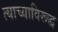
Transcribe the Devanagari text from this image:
त्याच्याविरूद्ध